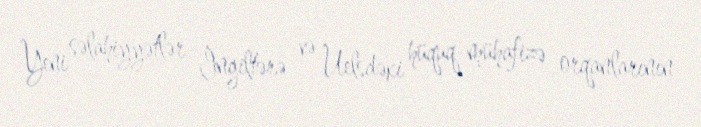
Yeni səlahiyyətlər İngiltərə və Uelsdəki hüquq-mühafizə orqanlarının